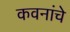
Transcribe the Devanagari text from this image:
कवनांचे